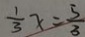
\frac { 1 } { 3 } x = \frac { 5 } { 3 }